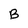
Character: B